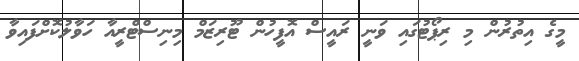
މީގެ އިތުރުން މި ރިޕޯޓުގައި ވަނީ ރައީސް އޮފީހުން ޓޫރިޒަމް މިނިސްޓްރީއާ ހަވާލުކޮށްފައިވާ